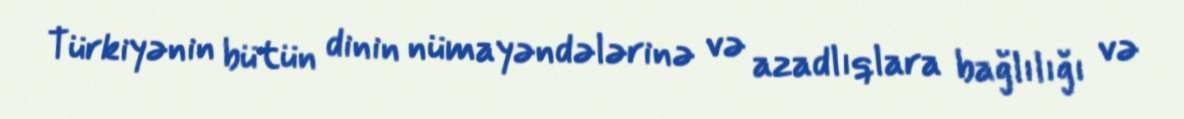
Türkiyənin bütün dinin nümayəndələrinə və azadlıqlara bağlılığı və